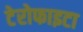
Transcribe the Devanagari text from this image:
टेरोफाइटा